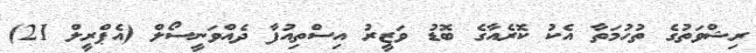
ރިޝްވަތުގެ ތުހުމަތާ އެކު ކޮރެއާގެ ބޮޑު ވަޒީރު އިސްތިއުފާ ދެއްވަނީސޯލް (އެޕްރީލް 21)